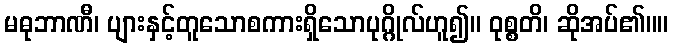
မဓုဘာဏီ၊ ပျားနှင့်တူသောစကားရှိသောပုဂ္ဂိုလ်ဟူ၍။ ဝုစ္စတိ၊ ဆိုအပ်၏။။